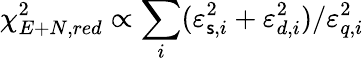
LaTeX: \chi_{E+N,red}^{2}\propto\sum_{i}(\varepsilon_{\mathsf{s},i}^{2}+\varepsilon_{d,i}^{2})/\varepsilon_{q,i}^{2}